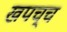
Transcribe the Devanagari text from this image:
खपच्च